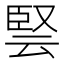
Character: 𭆳